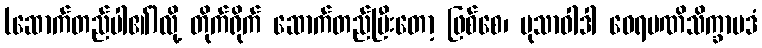
(ဆောက်တည်ပါ၏)လို့ တိုက်ရိုက် ဆောက်တည်ပြီးတော့ ဖြစ်စေ၊ မုသာဝါဒါ ဝေရမဏိသိက္ခာပဒံ